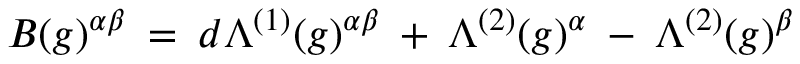
B ( g ) ^ { \alpha \beta } \: = \: d \Lambda ^ { ( 1 ) } ( g ) ^ { \alpha \beta } \: + \: \Lambda ^ { ( 2 ) } ( g ) ^ { \alpha } \: - \: \Lambda ^ { ( 2 ) } ( g ) ^ { \beta }